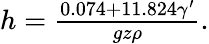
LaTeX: \begin{array}{r}{h={\frac{0.074+11.824\gamma^{\prime}}{gz\rho}}.}\end{array}